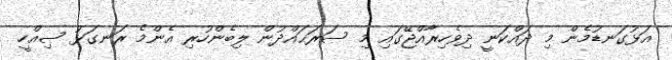
އަޅުގަނޑުމެން މި ދައްކަނީ ދިވެހިރާއްޖޭގައި މި ސަރަޙައްދުން ލިބެންހުރި އެންމެ ރަނގަޅު ޞިއްހީ